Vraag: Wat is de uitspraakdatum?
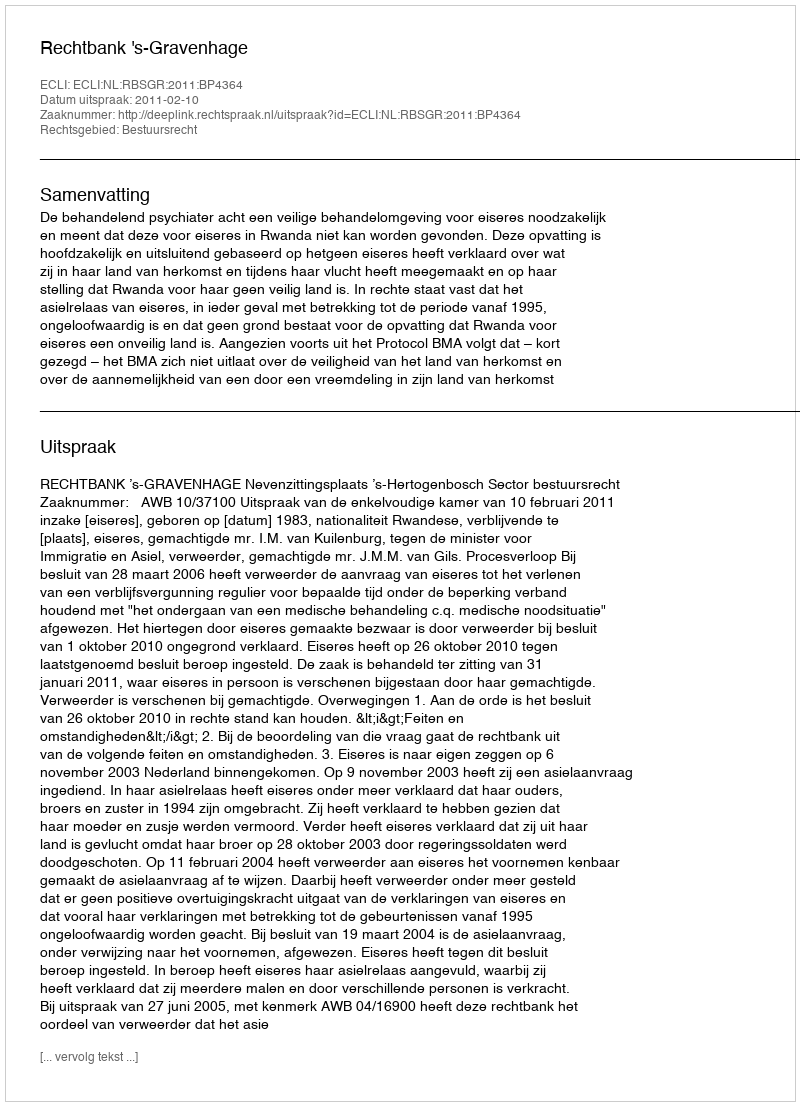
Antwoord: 2011-02-10